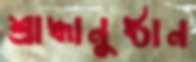
শ্রাদ্ধানুষ্ঠান